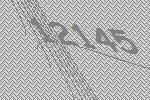
12145